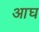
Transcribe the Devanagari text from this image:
आघ